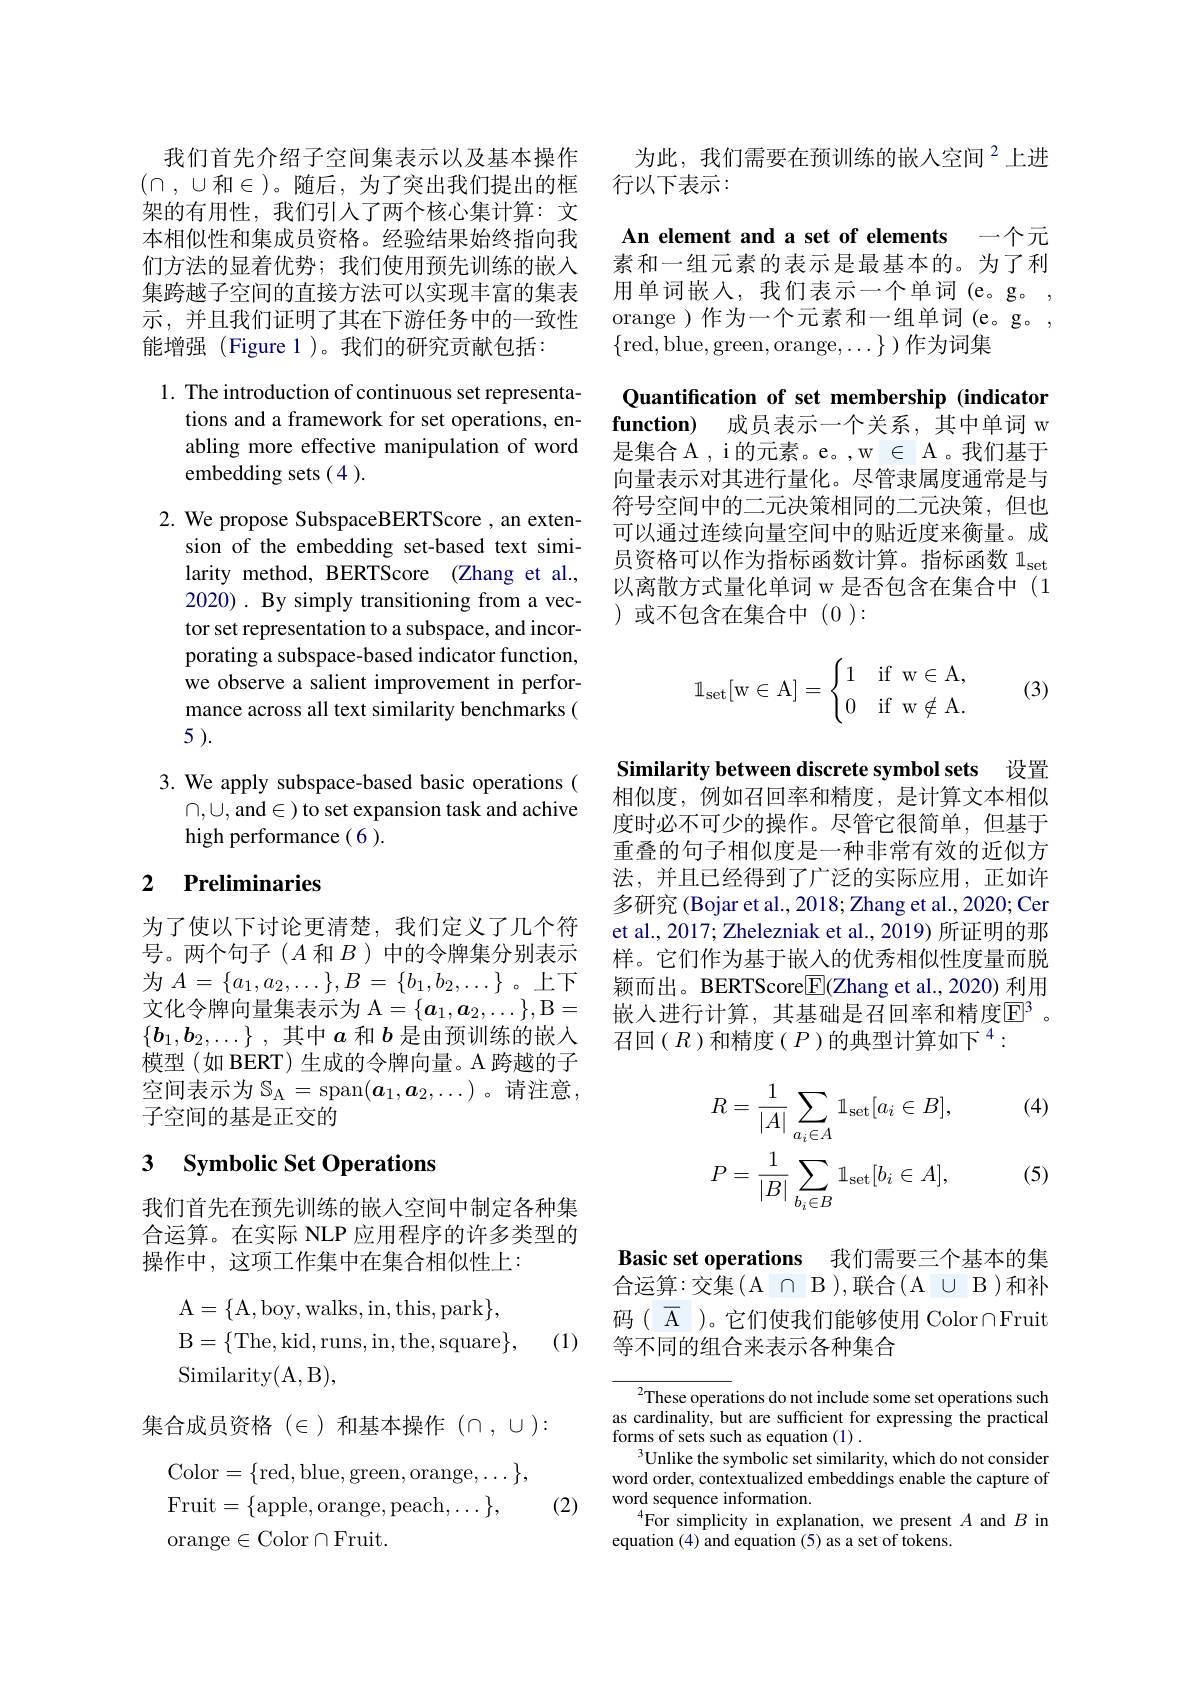
为此，我们需要在预训练的嵌入空间$^{2}$上进
行以下表示：

An element and a set of elements 一个元素和一组元素的表示是最基本的。为了利

用单词嵌人，我们表示一个单词(e。g。, orange )作为一个元素和一组单词(e。g。, $\{$red, blue,green,orange$,\ldots\})$作为词集

我们首先介绍子空间集表示以及基本操作$(\cap,\cup$和$\in$)。随后，为了突出我们提出的框架的有用性，我们引人了两个核心集计算：文本相似性和集成员资格。经验结果始终指向我们方法的显着优势；我们使用预先训练的嵌入集跨越子空间的直接方法可以实现丰富的集表示，并且我们证明了其在下游任务中的一致性能增强(Figure 1)。我们的研究贡献包括：

1. The introduction of continuous set representa-
tions and a framework for set operations, enabling more effective manipulation of word embedding sets (4).

2. We propose SubspaceBERTScore , an exten-
sion of the embedding set-based text similarity method, BERTScore (Zhang et al., 2020) . By simply transitioning from a vector set representation to a subspace, and incorporating a subspace-based indicator function, we observe a salient improvement in performance across all text similarity benchmarks ( 5 ).

3. We apply subspace-based basic operations (
$\cap,\cup$,and$\in)$ to set expansion task and achive
high performance(6).

# 2 Preliminaries

为了使以下讨论更清楚，我们定义了几个符号。两个句子($A$ 和$B$)中的令牌集分别表示为$A=\{a_{1},a_{2},\ldots\},B=\{b_{1},b_{2},\ldots\}$。上下文化令牌向量集表示为 A$=\{\boldsymbol{a}_1,\boldsymbol{a}_2,\ldots\}$,B= $\{ \boldsymbol{b}_1, \boldsymbol{b}_2, \ldots \}$ ,其中$a$和$b$是由预训练的嵌入模型(如 BERT) 生成的令牌向量。A 跨越的子空间表示为$\mathbb{S}_\mathrm{A}=\operatorname{span}(\boldsymbol{a}_1,\boldsymbol{a}_2,\ldots)$。请注意子空间的基是正交的

# 3 Symbolic Set Operations

我们首先在预先训练的嵌人空间中制定各种集合运算。在实际 NLP 应用程序的许多类型的操作中，这项工作集中在集合相似性上：
$$\begin{aligned}&\mathrm{A}=\{\mathrm{A},\mathrm{boy},\mathrm{walks},\mathrm{in},\mathrm{this},\mathrm{park}\},\\&\mathrm{B}=\{\mathrm{The},\mathrm{kid},\mathrm{runs},\mathrm{in},\mathrm{the},\mathrm{square}\},\\&\mathrm{Similarity}(\mathrm{A},\mathrm{B}),\end{aligned}$$
(1)

集合成员资格($\in)和基本操作 (\cap,\cup):$
$$\begin{aligned}&\mathrm{Color}=\{\mathrm{red,blue,green,orange,\ldots}\},\\&\mathrm{Fruit}=\{\mathrm{apple,orange,peach,\ldots}\},\\&\mathrm{orange}\in\mathrm{Color}\cap\mathrm{Fruit.}\end{aligned}$$
(2)

Quantification of set membership (indicator function) 成员表示一个关系，其中单词 w 是集合 A , i 的元素。e。, w \in A 。我们基于向量表示对其进行量化。尽管隶属度通常是与符号空间中的二元决策相同的二元决策，但也可以通过连续向量空间中的贴近度来衡量。成员资格可以作为指标函数计算。指标函数$1_\mathrm{set}$ 以离散方式量化单词 w 是否包含在集合中 (1 )或不包含在集合中(0):
$$\mathbb{1}_{\mathrm{set}}[\mathrm w\in\mathrm A]=\begin{cases}1&\text{if}\enspace\mathrm w\in\mathrm A,\\0&\text{if}\enspace\mathrm w\notin\mathrm A.\end{cases}$$
(3)

Similarity between discrete symbol sets 设置相似度，例如召回率和精度，是计算文本相似

度时必不可少的操作。尽管它很简单，但基于重叠的句子相似度是一种非常有效的近似方法，并且已经得到了广泛的实际应用，正如许多研究 (Bojar et al., 2018; Zhang et al., 2020; Cer et al., 2017; Zhelezniak et al., 2019) 所证明的那样。它们作为基于嵌入的优秀相似性度量而脱颖而出。BERTScore$\boxed{\mathrm{F}}($Zhang et al.,2020) 利用嵌入进行计算，其基础是召回率和精度$\overline{\mathbb{E}^3}$。召回($R$)和精度($P\text{)的典型计算如下}^4:$

(4)
$$\begin{aligned}&R=\frac{1}{|A|}\sum_{a_{i}\in A}1_{\mathrm{set}}[a_{i}\in B],\\&P=\frac{1}{|B|}\sum_{b_{i}\in B}1_{\mathrm{set}}[b_{i}\in A],\end{aligned}$$
(5)

Basic set operations 我们需要三个基本的集$\bar{\text{合 运 算 : 交 集 ( A }} \cap \mathcal{B} ) $,联合$(\mathcal{A}\cup\mathcal{B})$和补码( $\overline{\mathrm{A}}$ )。它们使我们能够使用 Color$\cap$Fruit 等不同的组合来表示各种集合

$^2$These operations do not include some set operations such as cardinality, but are sufficient for expressing the practical forms of sets such as equation (1) .
$^3$Unlike the symbolic set similarity, which do not consider word order, contextualized embeddings enable the capture of word sequence information.
$^{4}$For simplicity in explanation, we present $A$ and $B$ in
equation (4) and equation (5) as a set of tokens.